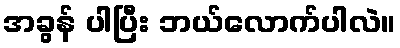
အခွန် ပါပြီး ဘယ်လောက်ပါလဲ။